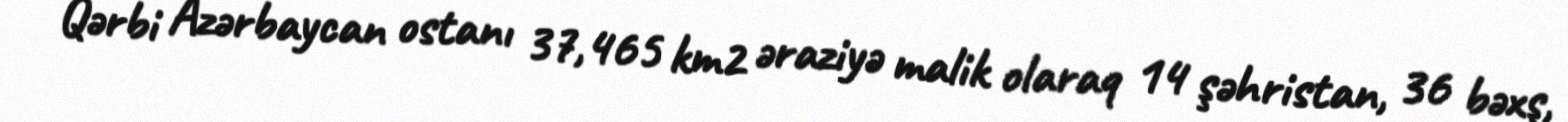
Qərbi Azərbaycan ostanı 37,465 km2 əraziyə malik olaraq 14 şəhristan, 36 bəxş,